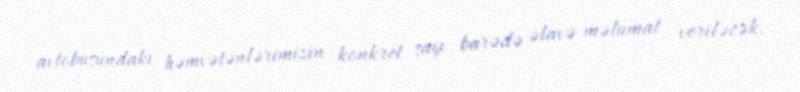
avtobusundakı həmvətənlərimizin konkret sayı barədə əlavə məlumat veriləcək.